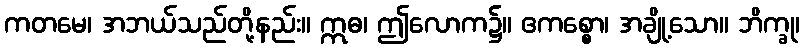
ကတမေ၊ အဘယ်သည်တို့နည်း။ ဣဓ၊ ဤလောက၌။ ဧကစ္စော၊ အချို့သော။ ဘိက္ခု၊